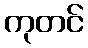
ကုတင်